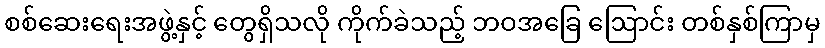
စစ်ဆေးရေးအဖွဲ့နှင့် တွေရှိသလို ကိုက်ခဲသည့် ဘဝအခြေ ဩောင်း တစ်နှစ်ကြာမှ